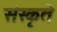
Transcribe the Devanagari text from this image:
संस्कृते